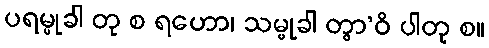
ပရမ္မုခါ တု စ ရဟော၊ သမ္မုခါ တွာ’ဝိ ပါတု စ။